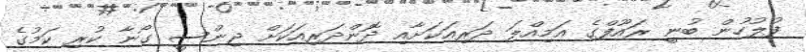
ފުލުހުން ބުނީ ރައޫފްގެ އަމިއްލަ ދަރިއަކަށާއި ދޮންދަރިއަކަށް ޖިންސީ ގޯނާ ކުރި ކަމުގެ